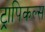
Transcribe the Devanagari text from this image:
ट्रापिकल्स